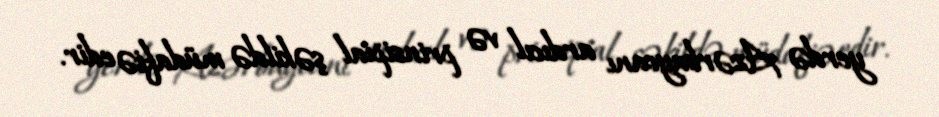
yerdə Azərbaycanı ardıcıl və prinsipial şəkildə müdafiə edir.